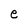
Character: e